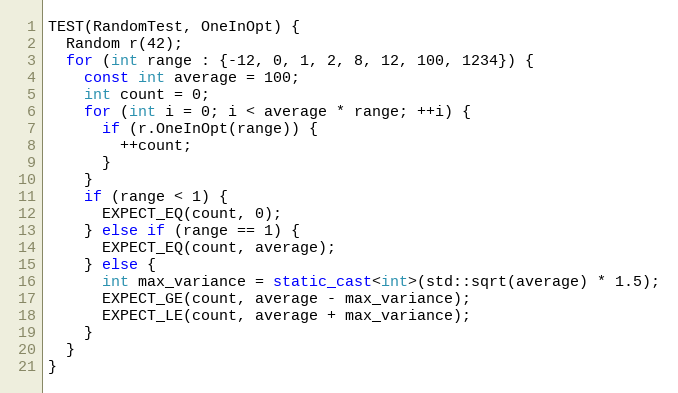
Language: C++
TEST(RandomTest, OneInOpt) {
  Random r(42);
  for (int range : {-12, 0, 1, 2, 8, 12, 100, 1234}) {
    const int average = 100;
    int count = 0;
    for (int i = 0; i < average * range; ++i) {
      if (r.OneInOpt(range)) {
        ++count;
      }
    }
    if (range < 1) {
      EXPECT_EQ(count, 0);
    } else if (range == 1) {
      EXPECT_EQ(count, average);
    } else {
      int max_variance = static_cast<int>(std::sqrt(average) * 1.5);
      EXPECT_GE(count, average - max_variance);
      EXPECT_LE(count, average + max_variance);
    }
  }
}